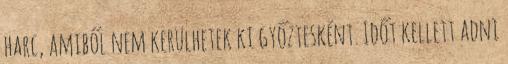
harc, amiből nem kerülhetek ki győztesként. Időt kellett adni